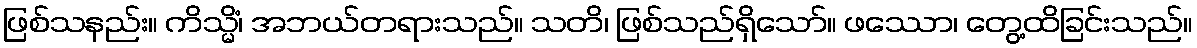
ဖြစ်သနည်း။ ကိသ္မိံ၊ အဘယ်တရားသည်။ သတိ၊ ဖြစ်သည်ရှိသော်။ ဖဿော၊ တွေ့ထိခြင်းသည်။